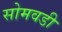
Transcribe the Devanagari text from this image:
सोमवडी